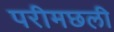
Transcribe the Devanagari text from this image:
परीमछली